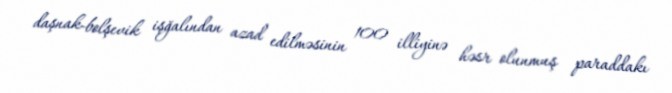
daşnak-bolşevik işğalından azad edilməsinin 100 illiyinə həsr olunmuş paraddakı